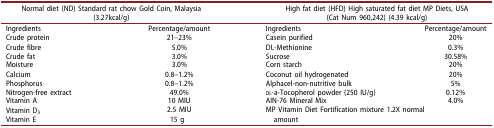
<table><thead><tr><td colspan="2"><b>Normal diet (ND) Standard rat chow Gold Coin, Malaysia(3.27kcal/g)</b></td><td colspan="2"><b>High fat diet (HFD) High saturated fat diet MP Diets, USA(Cat Num 960,242) (4.39 kcal/g)</b></td></tr></thead><tbody><tr><td>Ingredients</td><td>Percentage/amount</td><td>Ingredients</td><td>Percentage/amount</td></tr><tr><td>Crude protein</td><td>21–23%</td><td>Casein purified</td><td>20%</td></tr><tr><td>Crude fibre</td><td>5.0%</td><td>DL-Methionine</td><td>0.3%</td></tr><tr><td>Crude fat</td><td>3.0%</td><td>Sucrose</td><td>30.58%</td></tr><tr><td>Moisture</td><td>3.0%</td><td>Corn starch</td><td>20%</td></tr><tr><td>Calcium</td><td>0.8–1.2%</td><td>Coconut oil hydrogenated</td><td>20%</td></tr><tr><td>Phosphorus</td><td>0.8–1.2%</td><td>Alphacel-non-nutritive bulk</td><td>5%</td></tr><tr><td>Nitrogen-free extract</td><td>49.0%</td><td>dl-a-Tocopherol powder (250 IU/g)</td><td>0.12%</td></tr><tr><td>Vitamin A</td><td>10 MIU</td><td>AIN-76 Mineral Mix</td><td>4.0%</td></tr><tr><td>Vitamin D<sub>3</sub></td><td>2.5 MIU</td><td rowspan="2" colspan="2">MP Vitamin Diet Fortification mixture 1.2X normalamount</td></tr><tr><td>Vitamin E</td><td>15 g</td></tr></tbody></table>